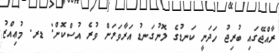
ރާއްޖޭގައި ބުރިޖު ހަދަނީ ކަނޑުގެ ލޮނުގަނޑު އަރާވަރަށް ވުރެ އުސްކޮށް: ޑރ. މުޢިއްޒު